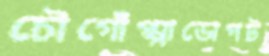
চৌগোঁপ্পাডোপট